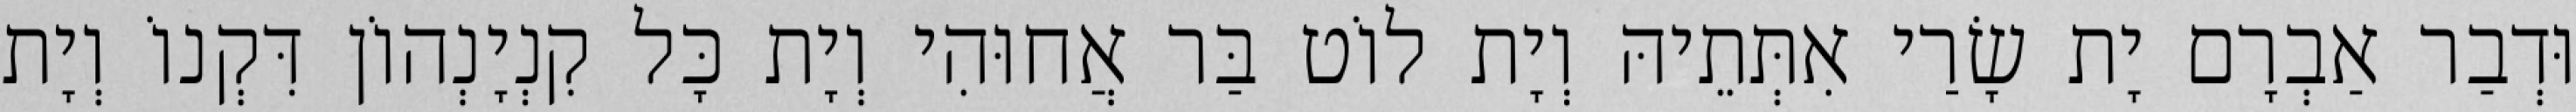
וּדְבַר אַבְרָם יָת שָׂרַי אִתְּתֵיהּ וְיָת לוֹט בַּר אֲחוּהִי וְיָת כָּל קִנְיָנְהוֹן דִּקְנוֹ וְיָת